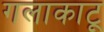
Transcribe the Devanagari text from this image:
गलाकाटू